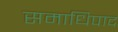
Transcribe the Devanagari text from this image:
समाधिपाद